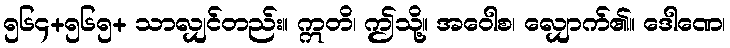
၅၆၄+၅၆၅+ သာလျှင်တည်း။ ဣတိ၊ ဤသို့။ အဝေါစ၊ လျှောက်၏။ ဒေါဏေ၊